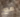
مع